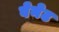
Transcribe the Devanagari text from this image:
वेनेट